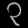
Digit: ၃